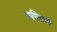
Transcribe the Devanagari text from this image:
कबिराची